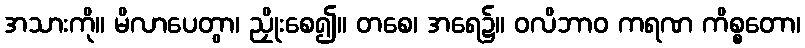
အသားကို။ မိလာပေတွာ၊ ညှိုးစေ၍။ တစေ၊ အရေ၌။ ဝလိဘာဝ ကရဏ ကိစ္စတော၊